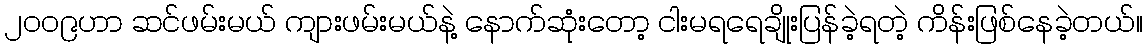
၂၀၀၉ဟာ ဆင်ဖမ်းမယ် ကျားဖမ်းမယ်နဲ့ နောက်ဆုံးတော့ ငါးမရရေချိုးပြန်ခဲ့ရတဲ့ ကိန်းဖြစ်နေခဲ့တယ်။